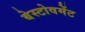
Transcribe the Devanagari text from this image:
बेस्टोवमेंट